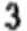
3